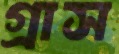
গ্রাস